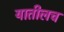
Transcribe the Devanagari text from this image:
यातीलच